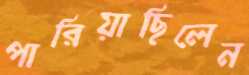
পারিয়াছিলেন